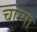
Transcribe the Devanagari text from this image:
चांग्मा